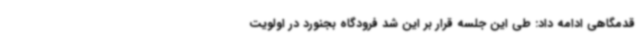
قدمگاهی ادامه داد: طی این جلسه قرار بر این شد فرودگاه بجنورد در اولویت